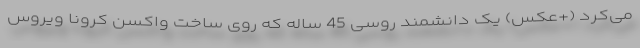
می‌کرد (+عکس) یک دانشمند روسی 45 ساله که روی ساخت واکسن کرونا ویروس